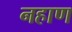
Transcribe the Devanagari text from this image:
नहाण